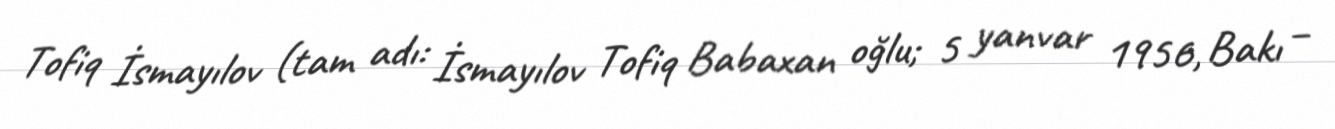
Tofiq İsmayılov (tam adı: İsmayılov Tofiq Babaxan oğlu; 5 yanvar 1956, Bakı –